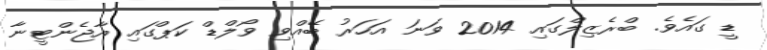
ޑީ ގައެވެ. ބްރެޒިލްގައި 2014 ވަނަ އަހަރު ބޭއްވި ވޯލްޑް ކަޕްގައި އާޖެންޓީނާ